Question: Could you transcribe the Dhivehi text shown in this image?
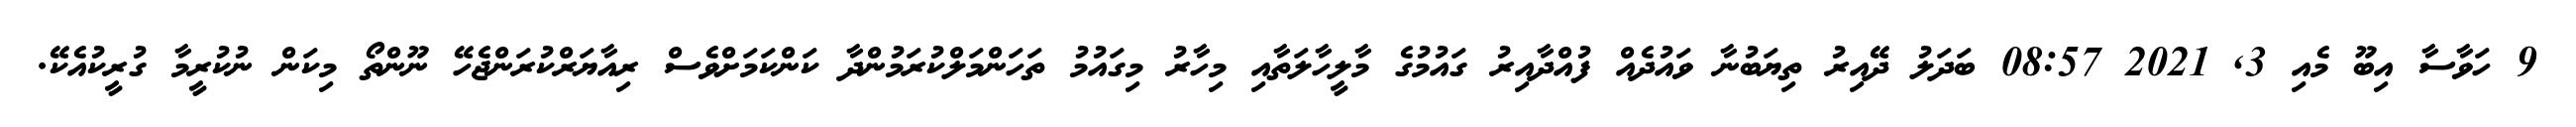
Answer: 9 ހަވާސާ އިބޫ މެއި 3, 2021 08:57 ބަދަލު ދޭއިރު ތިޔަބުނާ ވައުދެއް ފުއްދާއިރު ގައުމުގެ މާލީހާލަތާއި މިހާރު މިގައުމު ތަހަންމަލްކުރަމުންދާ ކަންކަމަށްވެސް ރިއާޔަރްކުރަންޖެހޭ ނޫންތޯ މިކަން ނުކުރީމާ ގުރީކުއެކޭ.